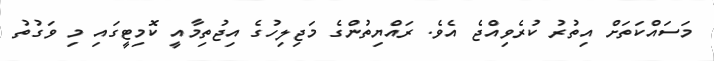
މަސައްކަތަށް އިތުރު ކުރެވިއްޖެ އެވެ. ރައްޔިތުންގެ މަޖިލިހުގެ އިޖުތިމާއީ ކޮމިޓީގައި މި ވަގުތު